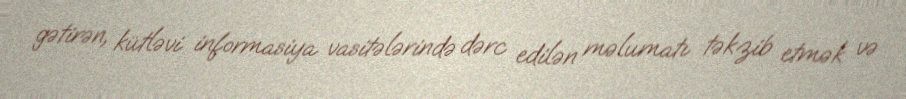
gətirən, kütləvi informasiya vasitələrində dərc edilən məlumatı təkzib etmək və